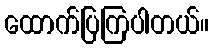
ထောက်ပြကြပါတယ်။